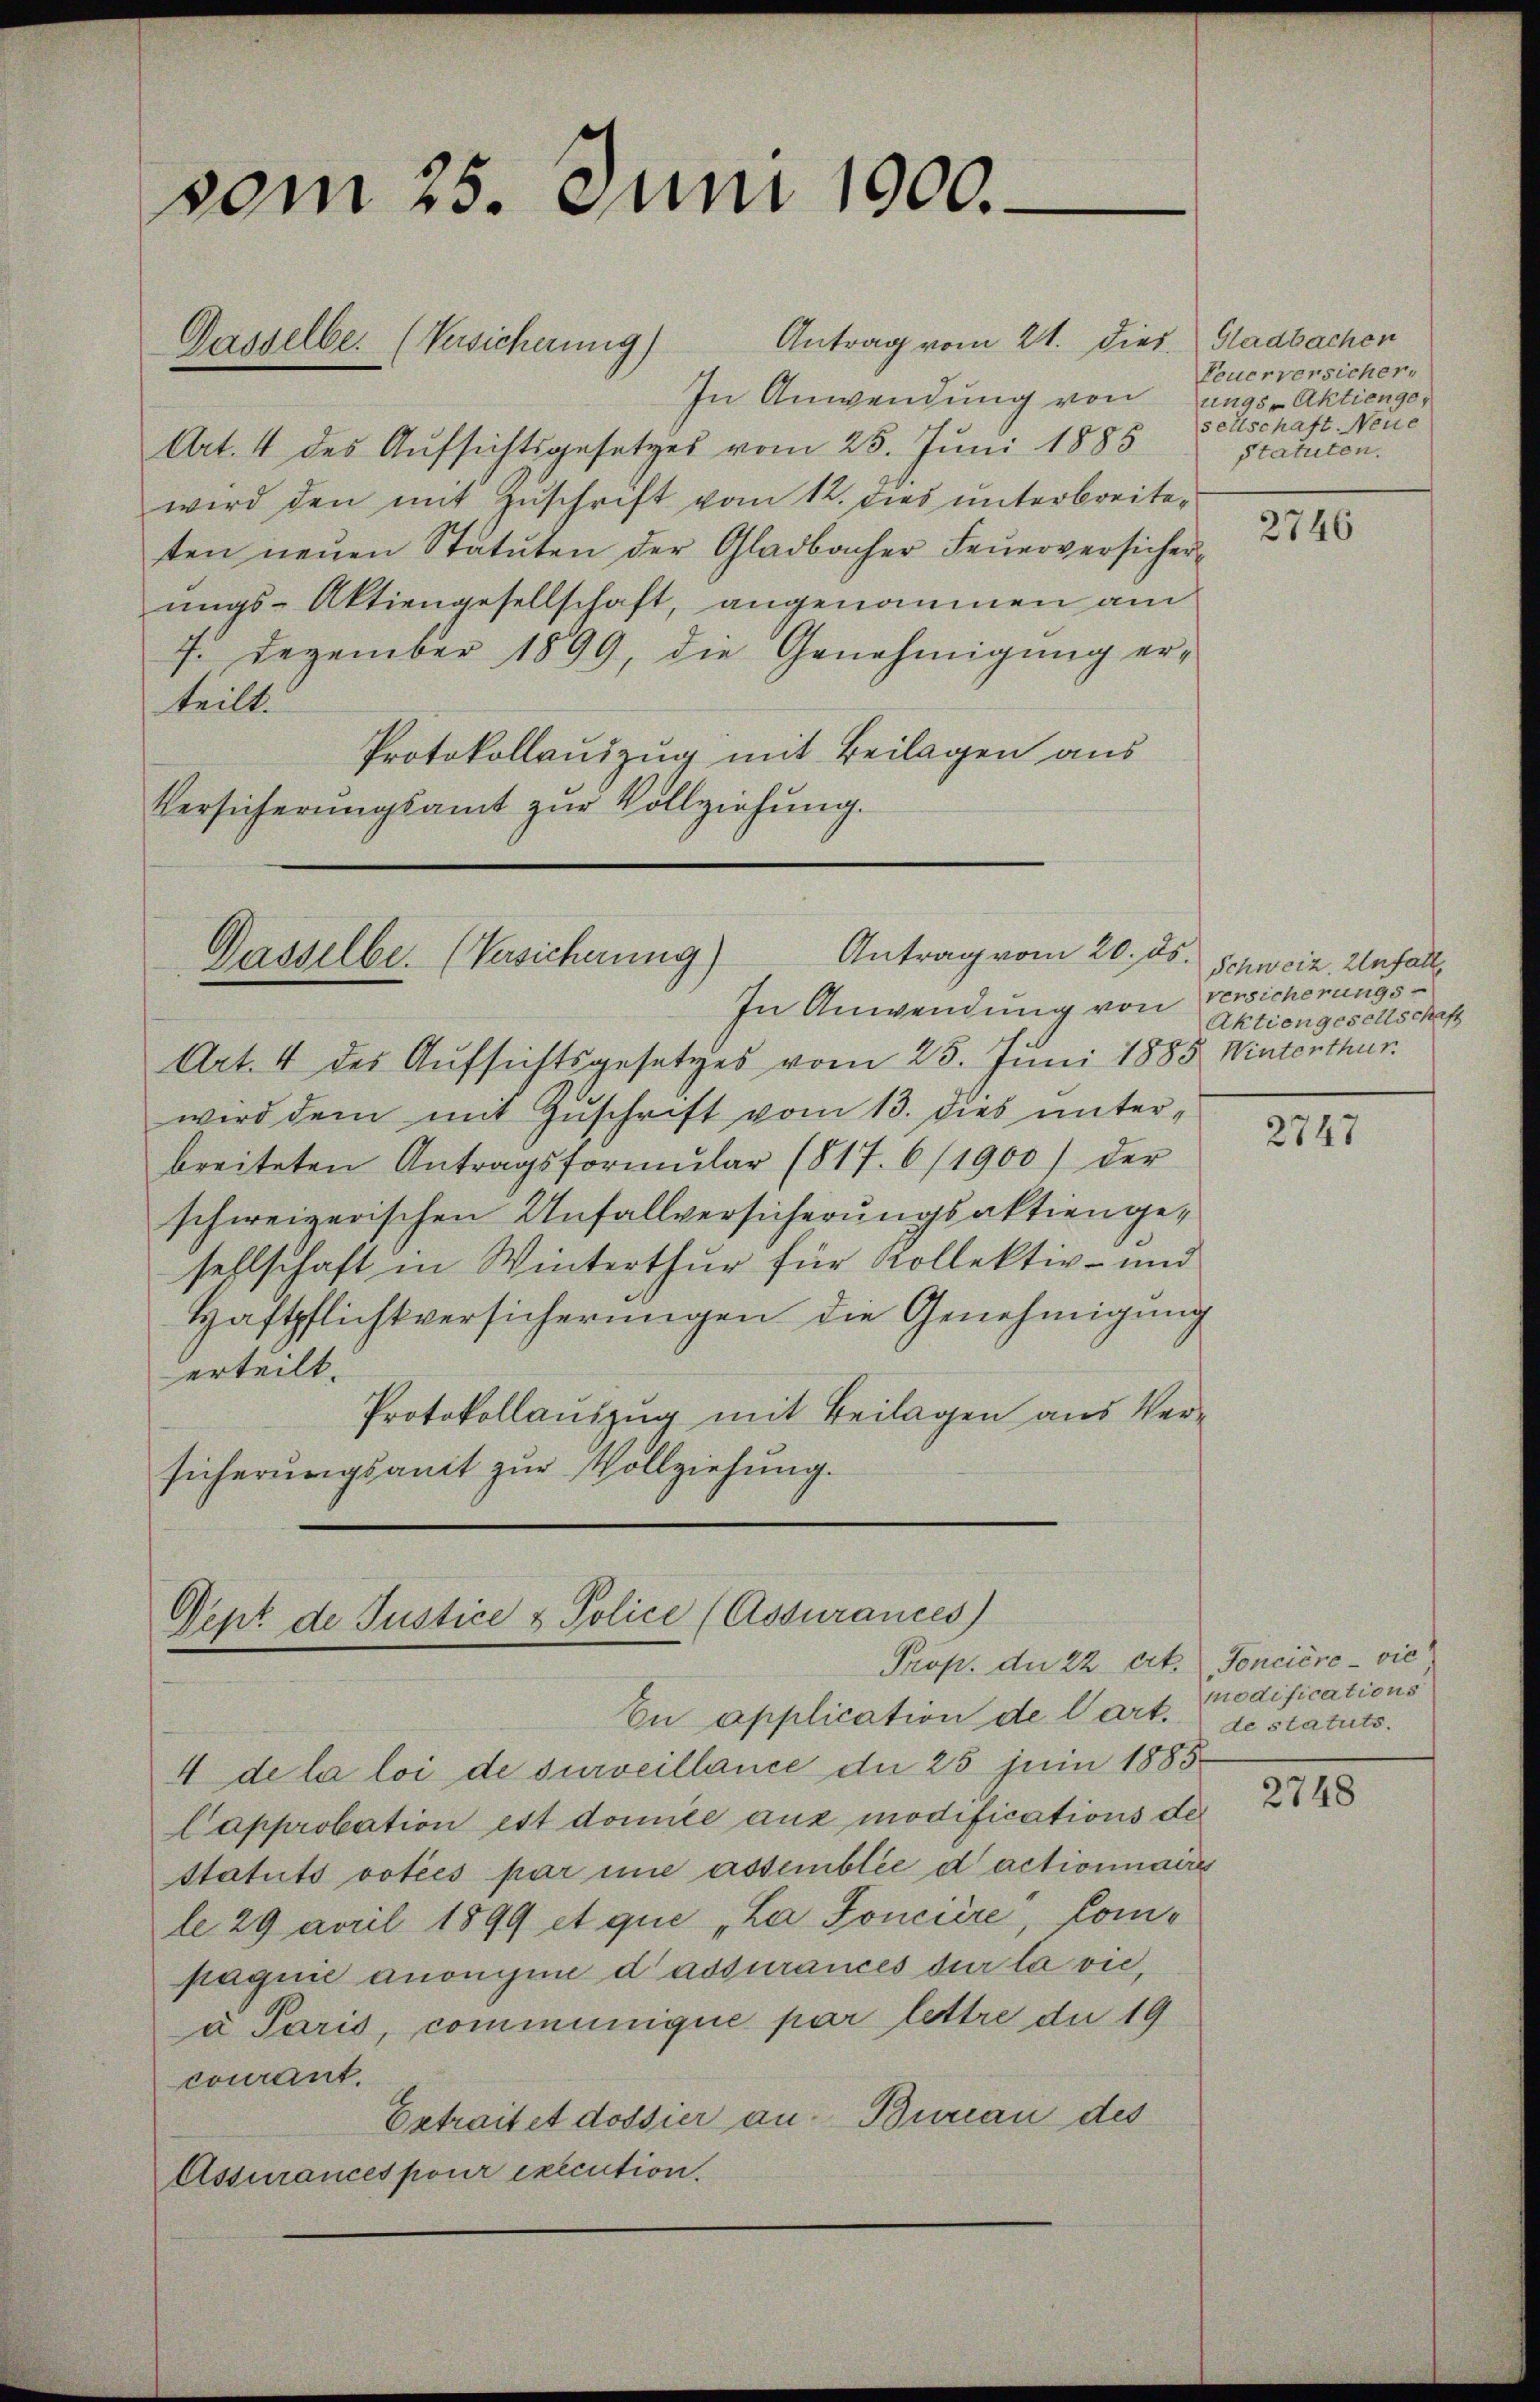
vom 25. Juni 1900.
Gasselbe. (Versicherung) Antrag vom 21. dies Gladbachen

Art. 4 des Aufsichtsgesetzes vom 25. Juni 1885
wird den mit Zuschrift vom 12. dies unterbreiteten neŭen Statuten der Gladbacher Feŭerversicher-
ungs-Aktiengesellschaft, angenommen am
7. Dezember 1899, die Genehmigung erteilt.
Protokollauszug mit Beilagen aus
Versicherungsamt zur Vollziehung.

Antrag vom 20. ds.
Gasselbe. (Versicherung)

In Anwendung von Versicherungs¬
Art. 4 des Aufsichtsgesetzes vom 25. Juni 1885 Winterthur.
wird dem mit Zuschrift vom 13. dies unterbreiteten Antragsformŭlar (817. 6/1900) der
schweizerischen Unfallversicherungsaktiengesellschaft in Winterthur für Kollektiv- und
Haftpflichtversicherungen die Genehmigung
erteilt.
Protokollauszug mit Beilagen aus Versicherungsant zur Vollziehung.

Dept de Justice & Police (Assurances)
Prop. du 22 Art. Soncière-vie
En application de l’art. destatuts.

In Anwendung von ungs-Aktienge¬

4 de la loi de surveillance de 25 juin 1885
Capprobation est domite aus modifications de
Statuts voties par une assemblée d’actionnaires
le 29 april 1899 et que „La Soncière, Compagnie anonigine dadsurances der la vie,
a Paris, communique par lettre du 19
courant.
Ertraitet dossier au. Bureau des
Assurances pour execution.

Feuerversicher,
sellschaft Neue
Statuten.

2746

Schweiz. Unfall
Aktiengesellschaft

2747

modifications

2748